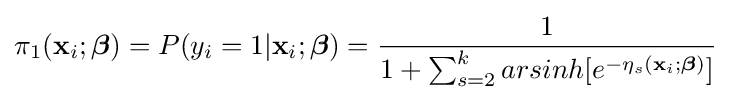
\pi _{1}(\mathbf {x} _{i};{\boldsymbol {\beta }})=P(y_{i}=1|\mathbf {x} _{i};{\boldsymbol {\beta }})={\frac {1}{1+\sum _{s=2}^{k}arsinh[e^{-\eta _{s}(\mathbf {x} _{i};{\boldsymbol {\beta }})}]}}